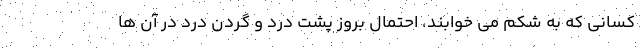
کسانی که به شکم می خوابند، احتمال بروز پشت درد و گردن درد در آن ها